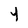
Character: 4